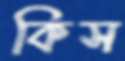
কিস